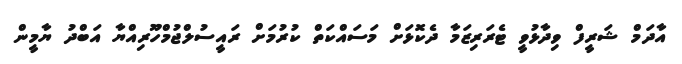
އާދަމް ޝަރީފް ވިދާޅުވީ ޓެރަރިޒަމާ ދެކޮޅަށް މަސައްކަތް ކުރުމަށް ރައީސުލްޖުމްހޫރިއްޔާ އަބްދު ޔާމީން